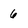
Character: 6